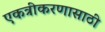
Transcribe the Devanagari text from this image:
एकत्रीकरणासाठी